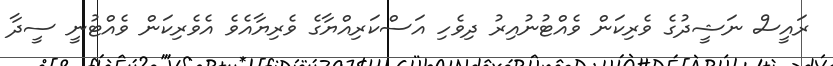
ރައީސް ނަޝީދުގެ ވެރިކަން ވެއްޓުނުއިރު ދިވެހި އަސްކަރިއްޔާގެ ވެރިޔާއެވެ އެވެރިކަން ވެއްޓުނީ ސީދާ